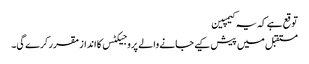
توقع ہے کہ یہ کیمپین
مستقبل میں پیش کیے جانے والے پروجیکٹس کا انداز مقرر کرے گی۔